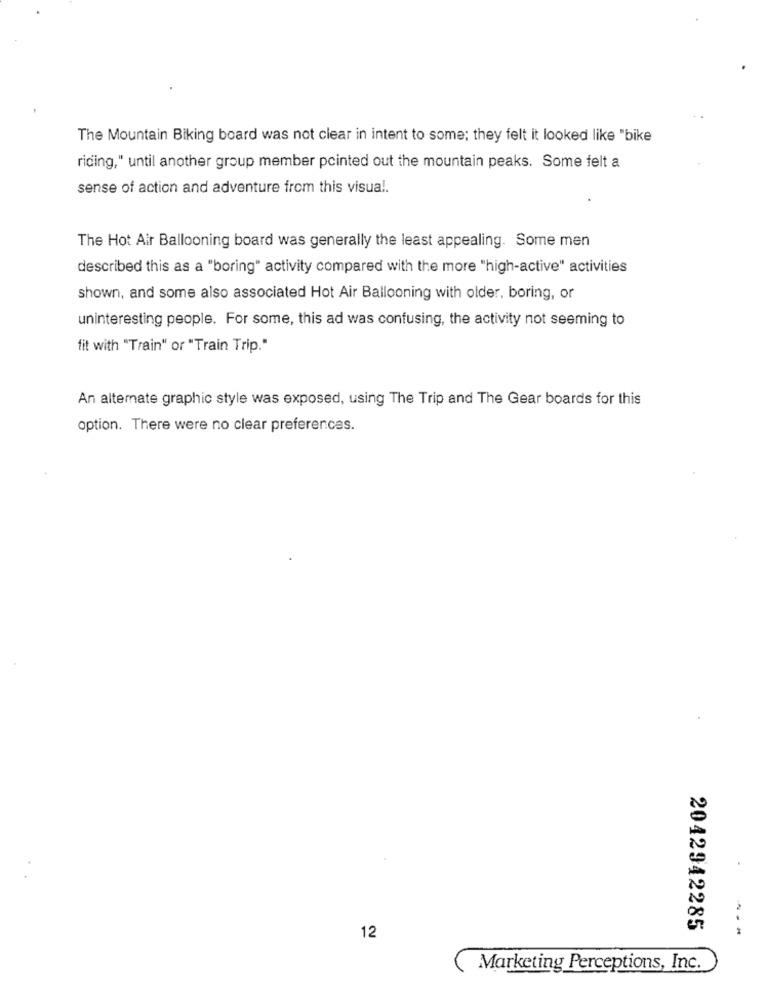
The Mountain Biking board was not clear in intent to some; they felt it looked like "bike
riding," until another group member pointed out the mountain peaks. Some felt a
sense of action and adventure from this visual.
The Hot Air Ballooning board was generally the least appealing. Some men
described this as a "boring" activity compared with the more "high-active" activities
shown, and some also associated Hot Air Ballooning with older, boring, or
uninteresting people. For some, this ad was confusing, the activity not seeming to
fit with "Train" or "Train Trip."
An alternate graphic style was exposed, using The Trip and The Gear boards for this
option. There were no clear preferences.
2042942285
---
12
Marketing Perceptions, Inc.